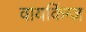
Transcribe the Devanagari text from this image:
वायकिंग्ज